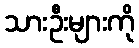
သားဦးများကို